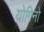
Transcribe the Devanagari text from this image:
योगिनो